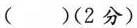
（ ）（2分）